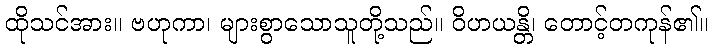
ထိုသင်အား။ ဗဟုကာ၊ များစွာသောသူတို့သည်။ ဝိဟယန္တိ၊ တောင့်တကုန်၏။